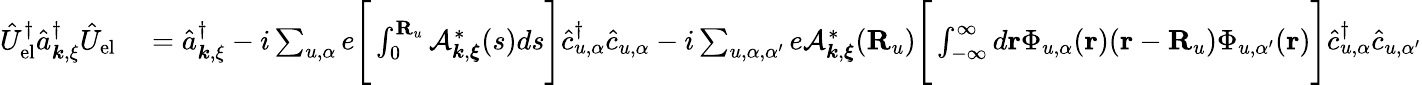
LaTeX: \begin{array}{rl}{\hat{U}_{\mathrm{el}}^{\dagger}\hat{a}_{{\boldsymbol k},{\mathbf\xi}}^{\dagger}\hat{U}_{\mathrm{el}}}&{{}=\hat{a}_{{\boldsymbol k},{\mathbf\xi}}^{\dagger}-i\sum_{u,\alpha}e\Bigg[\int_{0}^{{\mathbf R}_{u}}\mathcal{A}_{{\boldsymbol k},{\boldsymbol\xi}}^{*}(s)ds\Bigg]\hat{c}_{u,\alpha}^{\dagger}\hat{c}_{u,\alpha}-i\sum_{u,\alpha,\alpha^{\prime}}e\mathcal{A}_{{\boldsymbol k},{\boldsymbol\xi}}^{*}({\mathbf R}_{u})\Bigg[\int_{-\infty}^{\infty}d{\mathbf r}\Phi_{u,\alpha}({\mathbf r})({\mathbf r}-{\mathbf R}_{u})\Phi_{u,\alpha^{\prime}}({\mathbf r})\Bigg]\hat{c}_{u,\alpha}^{\dagger}\hat{c}_{u,\alpha^{\prime}}}\end{array}